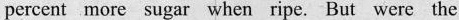
percent more sugar when ripe. But were the